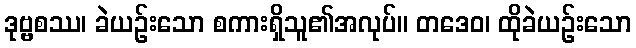
ဒုဗ္ဗစဿ၊ ခဲယဉ်းသော စကားရှိသူ၏အလုပ်။ တဒေဝ၊ ထိုခဲယဉ်းသော